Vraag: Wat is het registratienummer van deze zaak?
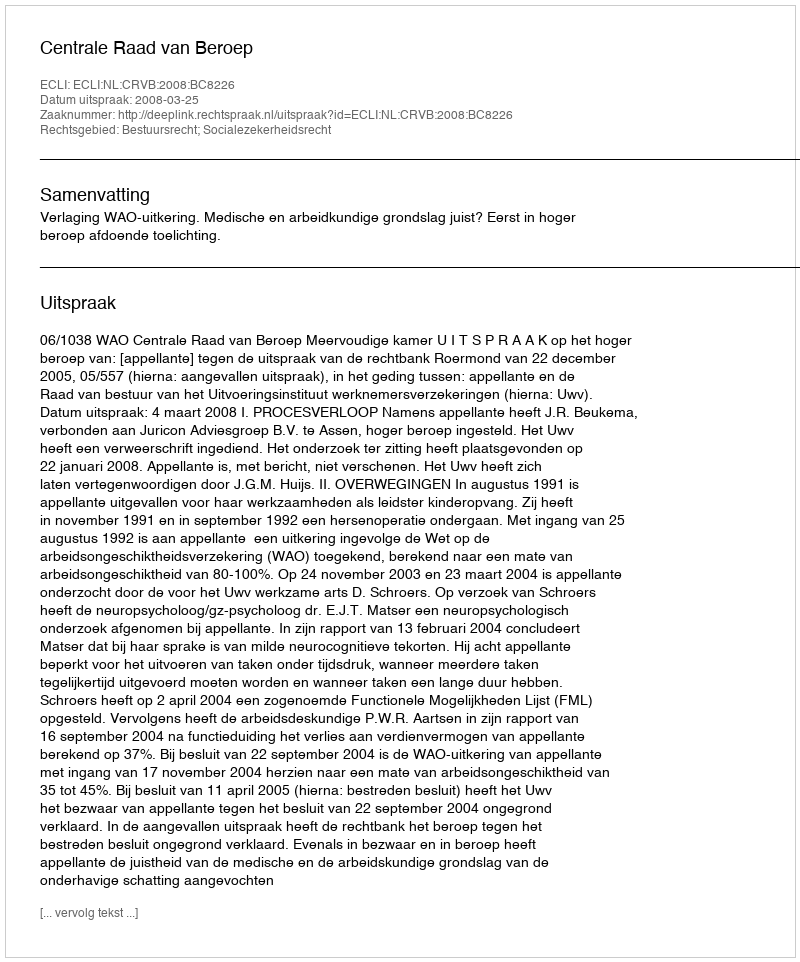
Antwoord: http://deeplink.rechtspraak.nl/uitspraak?id=ECLI:NL:CRVB:2008:BC8226